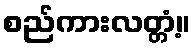
စည်ကားလတ္တံ့။